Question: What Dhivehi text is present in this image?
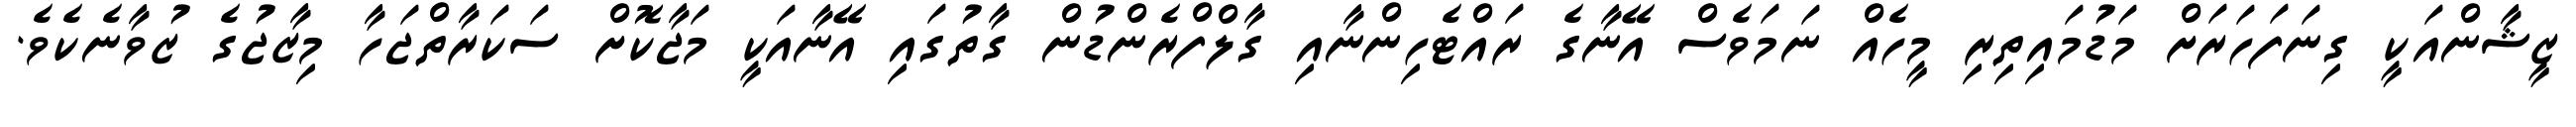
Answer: ޒީޝާންއަކީ ގިނަފަހަރަށް މަޑުމައިތިރި މީހެއް ނަމަވެސް އޭނާގެ ރައްޓެހިންނާއި ގާލްފްރެންޑުން ގާތުގައި އޭނާއަކީ މަޖާކޮށް ސަކަރާތްޖަހާ މިޒާޖުގެ ޒުވާނެކެވެ.